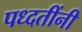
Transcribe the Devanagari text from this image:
पध्दतींनी